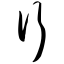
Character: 行